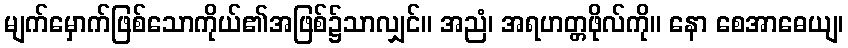
မျက်မှောက်ဖြစ်သောကိုယ်၏အဖြစ်၌သာလျှင်။ အညံ၊ အရဟတ္တဖိုလ်ကို။ နော စေအာဓေယျ၊